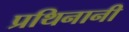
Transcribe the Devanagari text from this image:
प्रथिनानी